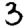
Digit: 3